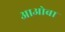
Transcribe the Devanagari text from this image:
आओबा